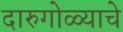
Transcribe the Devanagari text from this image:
दारुगोळ्याचे